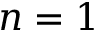
n = 1